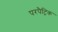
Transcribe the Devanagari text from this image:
परपैट्रिक